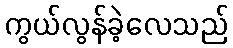
ကွယ်လွန်ခဲ့လေသည်